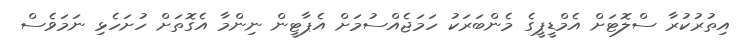
އިތުރުކުރާ ސްލޮޓަށް އެމްޑީޕީގެ މެންބަރަކު ހަމަޖެއްސުމަށް އެޕާޓީން ނިންމާ އެގޮތަށް ހުށަހެޅި ނަމަވެސް